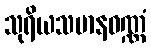
သုရိယသမာနဝဏ္ဏံ